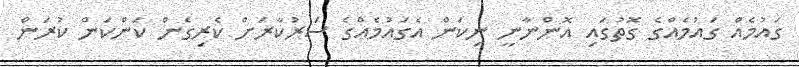
ގައުމެއް ގައުމެއްގެ ގޮތުގައި އޮންނާނީ ނިކަން އެގައުމެއްގެ ސަރުކާރަށް ކެރިގެން ކަންކަން ކުރަން